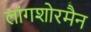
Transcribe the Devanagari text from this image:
लांगशोरमैन